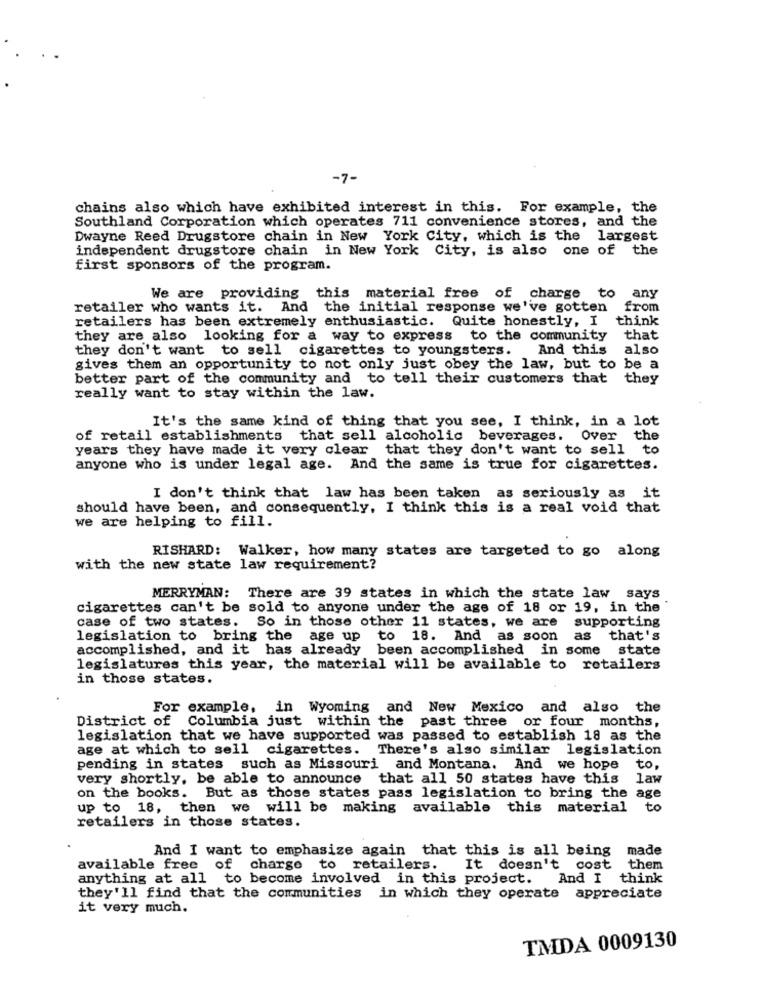
-7-
chains also which have exhibited interest in this. For example, the
Southland Corporation which operates 711 convenience stores, and the
Dwayne Reed Drugstore chain in New York City, which is the largest
independent drugstore chain in New York City, is also one of the
first sponsors of the program.
any
We are providing this material free of charge to
retailer who wants it. And the initial response we've gotten
from
retailers has been extremely enthusiastic. Quite honestly, I think
they are also looking for a way to express to the community that
they don't want to sell cigarettes to youngsters.
And this
also
gives them an opportunity to not only just obey the law, but to be a
better part of the community and to tell their customers that they
really want to stay within the law.
It's the same kind of thing that you see, I think, in a lot
of retail establishments that sell alcoholic beverages. Over the
years they have made it very clear that they don't want to sell to
anyone who is under legal age. And the same is true for cigarettes.
I don't think that law has been taken as seriously as it
should have been, and consequently, I think this is a real void that
we are helping to fill.
RISHARD: Walker, how many states are targeted to go along
with the new state law requirement?
MERRYMAN: There are 39 states in which the state law says
cigarettes can't be sold to anyone under the age of 18 or 19, in the
case of two states. So in those other 11 states, we are supporting
legislation to bring the age up to 18. And as soon as that's
accomplished, and it has already been accomplished in some
state
legislatures this year, the material will be available to retailers
in those states.
For example, in Wyoming and New Mexico and also the
District of Columbia just within the past three or four months,
legislation that we have supported was passed to establish 18 as the
age at which to sell cigarettes. There's also similar legislation
pending in states such as Missouri and Montana. And we hope
to ,
very shortly, be able to announce that all 50 states have this
law
on the books. But as those states pass legislation to bring the age
up to 18, then we will be making available this material
to
retailers in those states.
And I want to emphasize again that this is all being made
available free of charge to retailers.
It doesn't cost them
anything at all to become involved in this project. And I think
they'll find that the communities in which they operate appreciate
it very much.
TMDA 0009130